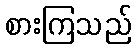
စားကြသည်